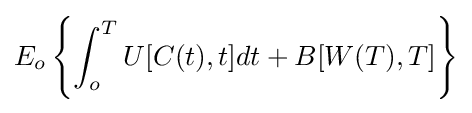
E_{o}\left\{\int _{o}^{T}U[C(t),t]dt+B[W(T),T]\right\}